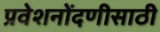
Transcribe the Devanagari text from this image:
प्रवेशनोंदणीसाठी